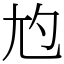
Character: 尥